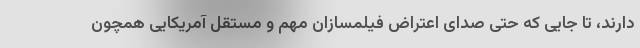
دارند، تا جایی که حتی صدای اعتراض فیلمسازان مهم و مستقل آمریکایی همچون